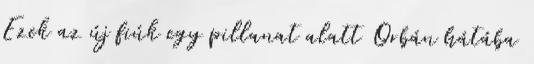
Ezek az új fiúk egy pillanat alatt Orbán hátába